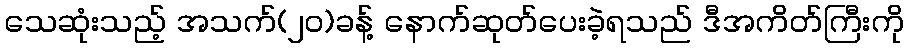
သေဆုံးသည့် အသက်(၂၀)ခန့် နောက်ဆုတ်ပေးခဲ့ရသည် ဒီအကိတ်ကြီးကို